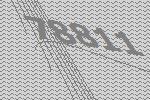
78811